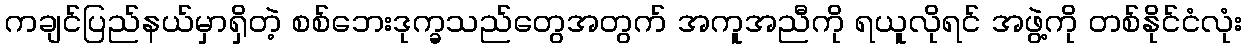
ကချင်ပြည်နယ်မှာရှိတဲ့ စစ်ဘေးဒုက္ခသည်တွေအတွက် အကူအညီကို ရယူလိုရင် အဖွဲ့ကို တစ်နိုင်ငံလုံး